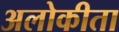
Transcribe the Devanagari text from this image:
अलोकीता